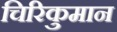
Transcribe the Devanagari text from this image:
चिरिकुमान